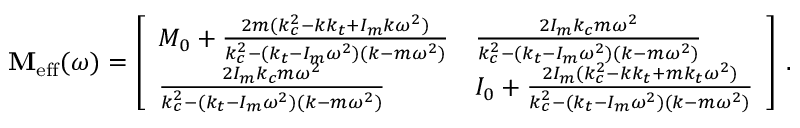
\mathbf { M } _ { \mathrm { e f f } } ( \omega ) = \left[ \begin{array} { l l } { M _ { 0 } + \frac { 2 m ( k _ { c } ^ { 2 } - k k _ { t } + I _ { m } k \omega ^ { 2 } ) } { k _ { c } ^ { 2 } - ( k _ { t } - I _ { m } \omega ^ { 2 } ) ( k - m \omega ^ { 2 } ) } } & { \frac { 2 I _ { m } k _ { c } m \omega ^ { 2 } } { k _ { c } ^ { 2 } - ( k _ { t } - I _ { m } \omega ^ { 2 } ) ( k - m \omega ^ { 2 } ) } } \\ { \frac { 2 I _ { m } k _ { c } m \omega ^ { 2 } } { k _ { c } ^ { 2 } - ( k _ { t } - I _ { m } \omega ^ { 2 } ) ( k - m \omega ^ { 2 } ) } } & { I _ { 0 } + \frac { 2 I _ { m } ( k _ { c } ^ { 2 } - k k _ { t } + m k _ { t } \omega ^ { 2 } ) } { k _ { c } ^ { 2 } - ( k _ { t } - I _ { m } \omega ^ { 2 } ) ( k - m \omega ^ { 2 } ) } } \end{array} \right] \, .